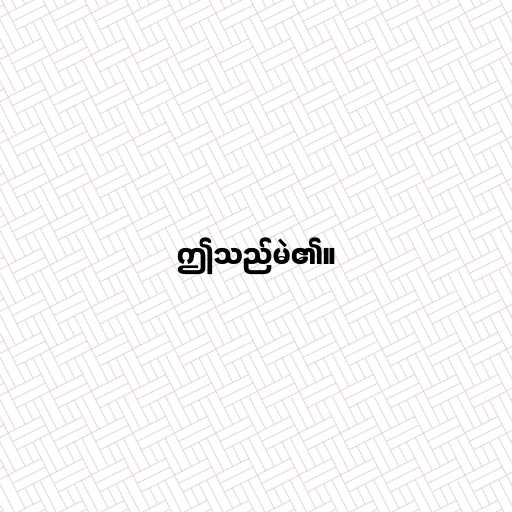
ဤသည်မဲ၏။